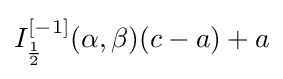
I_{\frac {1}{2}}^{[-1]}(\alpha ,\beta )(c-a)+a